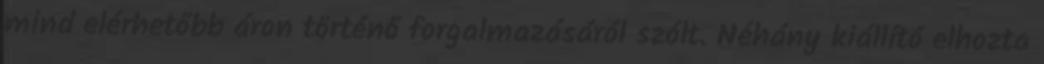
mind elérhetőbb áron történő forgalmazásáról szólt. Néhány kiállító elhozta